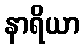
နာရိယာ